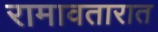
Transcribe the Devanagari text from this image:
रामावतारात